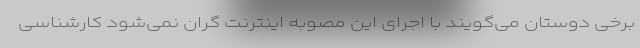
برخی دوستان می‌گویند با اجرای این مصوبه اینترنت گران نمی‌شود کارشناسی